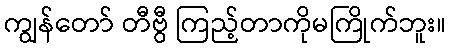
ကျွန်တော် တီဗွီ ကြည့်တာကိုမကြိုက်ဘူး။